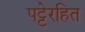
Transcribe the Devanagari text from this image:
पट्टेरहित